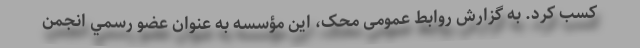
کسب کرد. به گزارش روابط عمومی محک، این مؤسسه به عنوان عضو رسمي انجمن